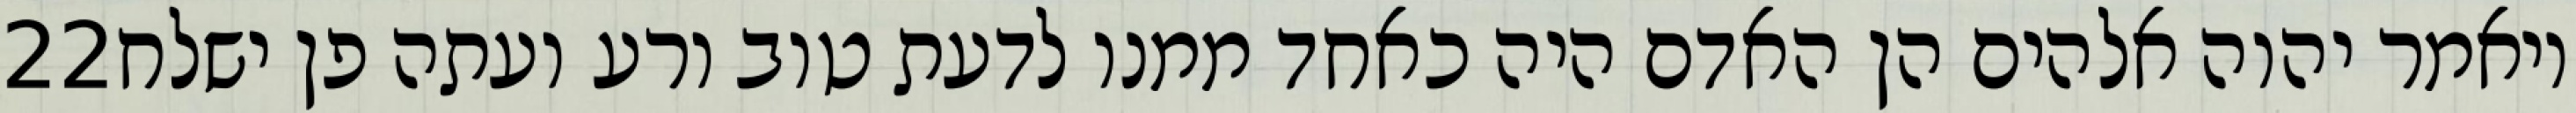
‎22‏ ויאמר יהוה אלהים הן האדם היה כאחד ממנו לדעת טוב ורע ועתה פן ישלח